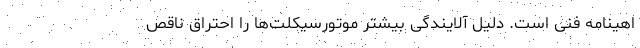
اهینامه فنی است. دلیل آلایندگی بیشتر موتورسیکلت‌ها را احتراق ناقص